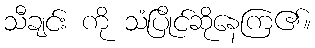
သီချင်း ကို သံပြိုင်ဆိုနေကြ၏။